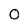
Character: O